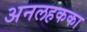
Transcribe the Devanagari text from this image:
अनलहकका